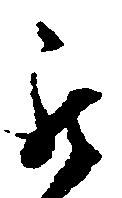
被